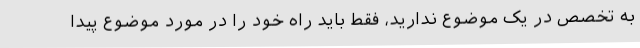
به تخصص در یک موضوع ندارید، فقط باید راه خود را در مورد موضوع پیدا